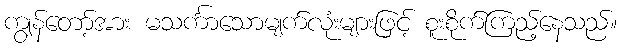
ကျွန်တော့်အား မသင်္ကာသောမျက်လုံးများဖြင့် စူးစိုက်ကြည့်နေသည်။